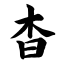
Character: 杳